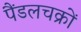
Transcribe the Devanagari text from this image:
पैंडलचक्रों